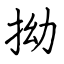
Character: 拗